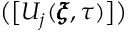
\big ( \big [ U _ { j } ( \pmb { \xi } , \tau ) \big ] \big )